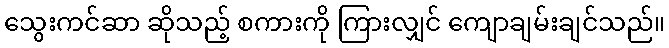
သွေးကင်ဆာ ဆိုသည့် စကားကို ကြားလျှင် ကျောချမ်းချင်သည်။